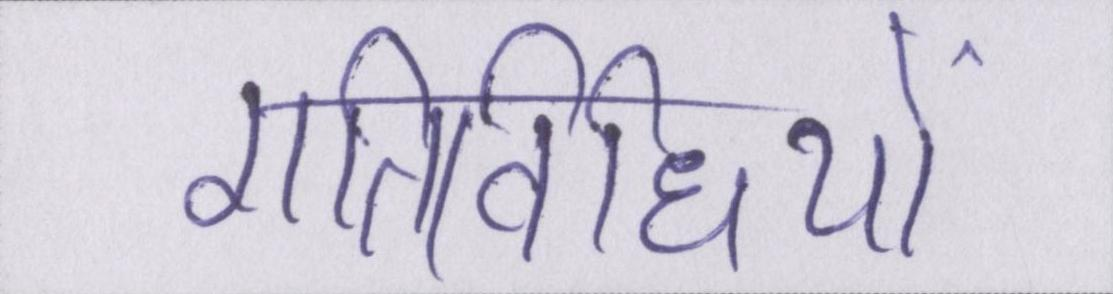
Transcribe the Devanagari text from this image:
गतिविधियों